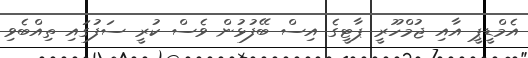
އެމްޑީޕީ އާއި ޖުމްހޫރީ ޕާޓީގެ އިސް ބޭފުޅުން ވެސް ކުރީ ސަފުގައި ތިއްބެވި